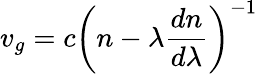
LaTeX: v_{g}=c\left(n-\lambda{\frac{dn}{d\lambda}}\right)^{-1}